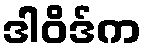
ဒါဝိဒ်က